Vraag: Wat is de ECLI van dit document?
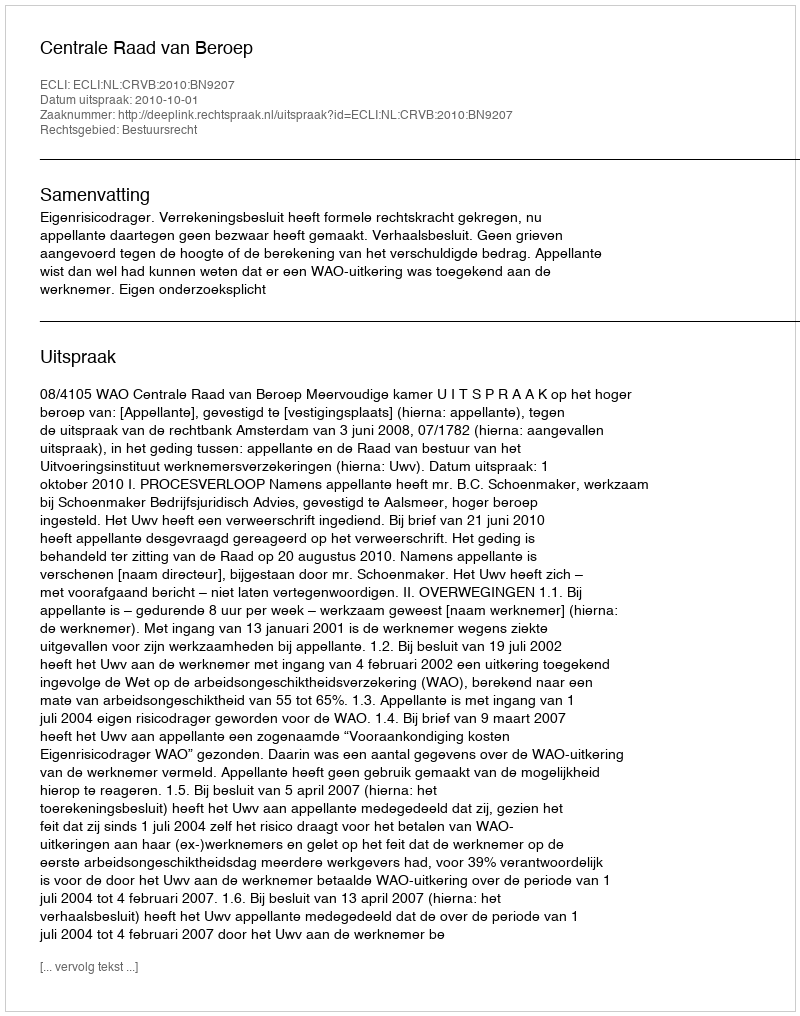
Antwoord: ECLI:NL:CRVB:2010:BN9207